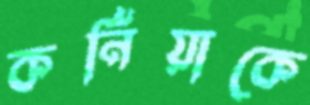
কর্নিয়াকে